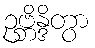
ဥဗ္ဘိန္ဒိတွာ